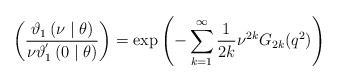
LaTeX: \begin{align*}\left( \frac{\mathcal{\vartheta }_{1}\left( \nu \mid \theta \right) }{\nu \mathcal{\vartheta }_{1}^{^{\prime }}\left( 0\mid \theta \right) }\right)=\exp \left( -\sum\limits_{k=1}^{\infty }\frac{1}{2k}\nu^{2k}G_{2k}(q^{2})\right)\end{align*}